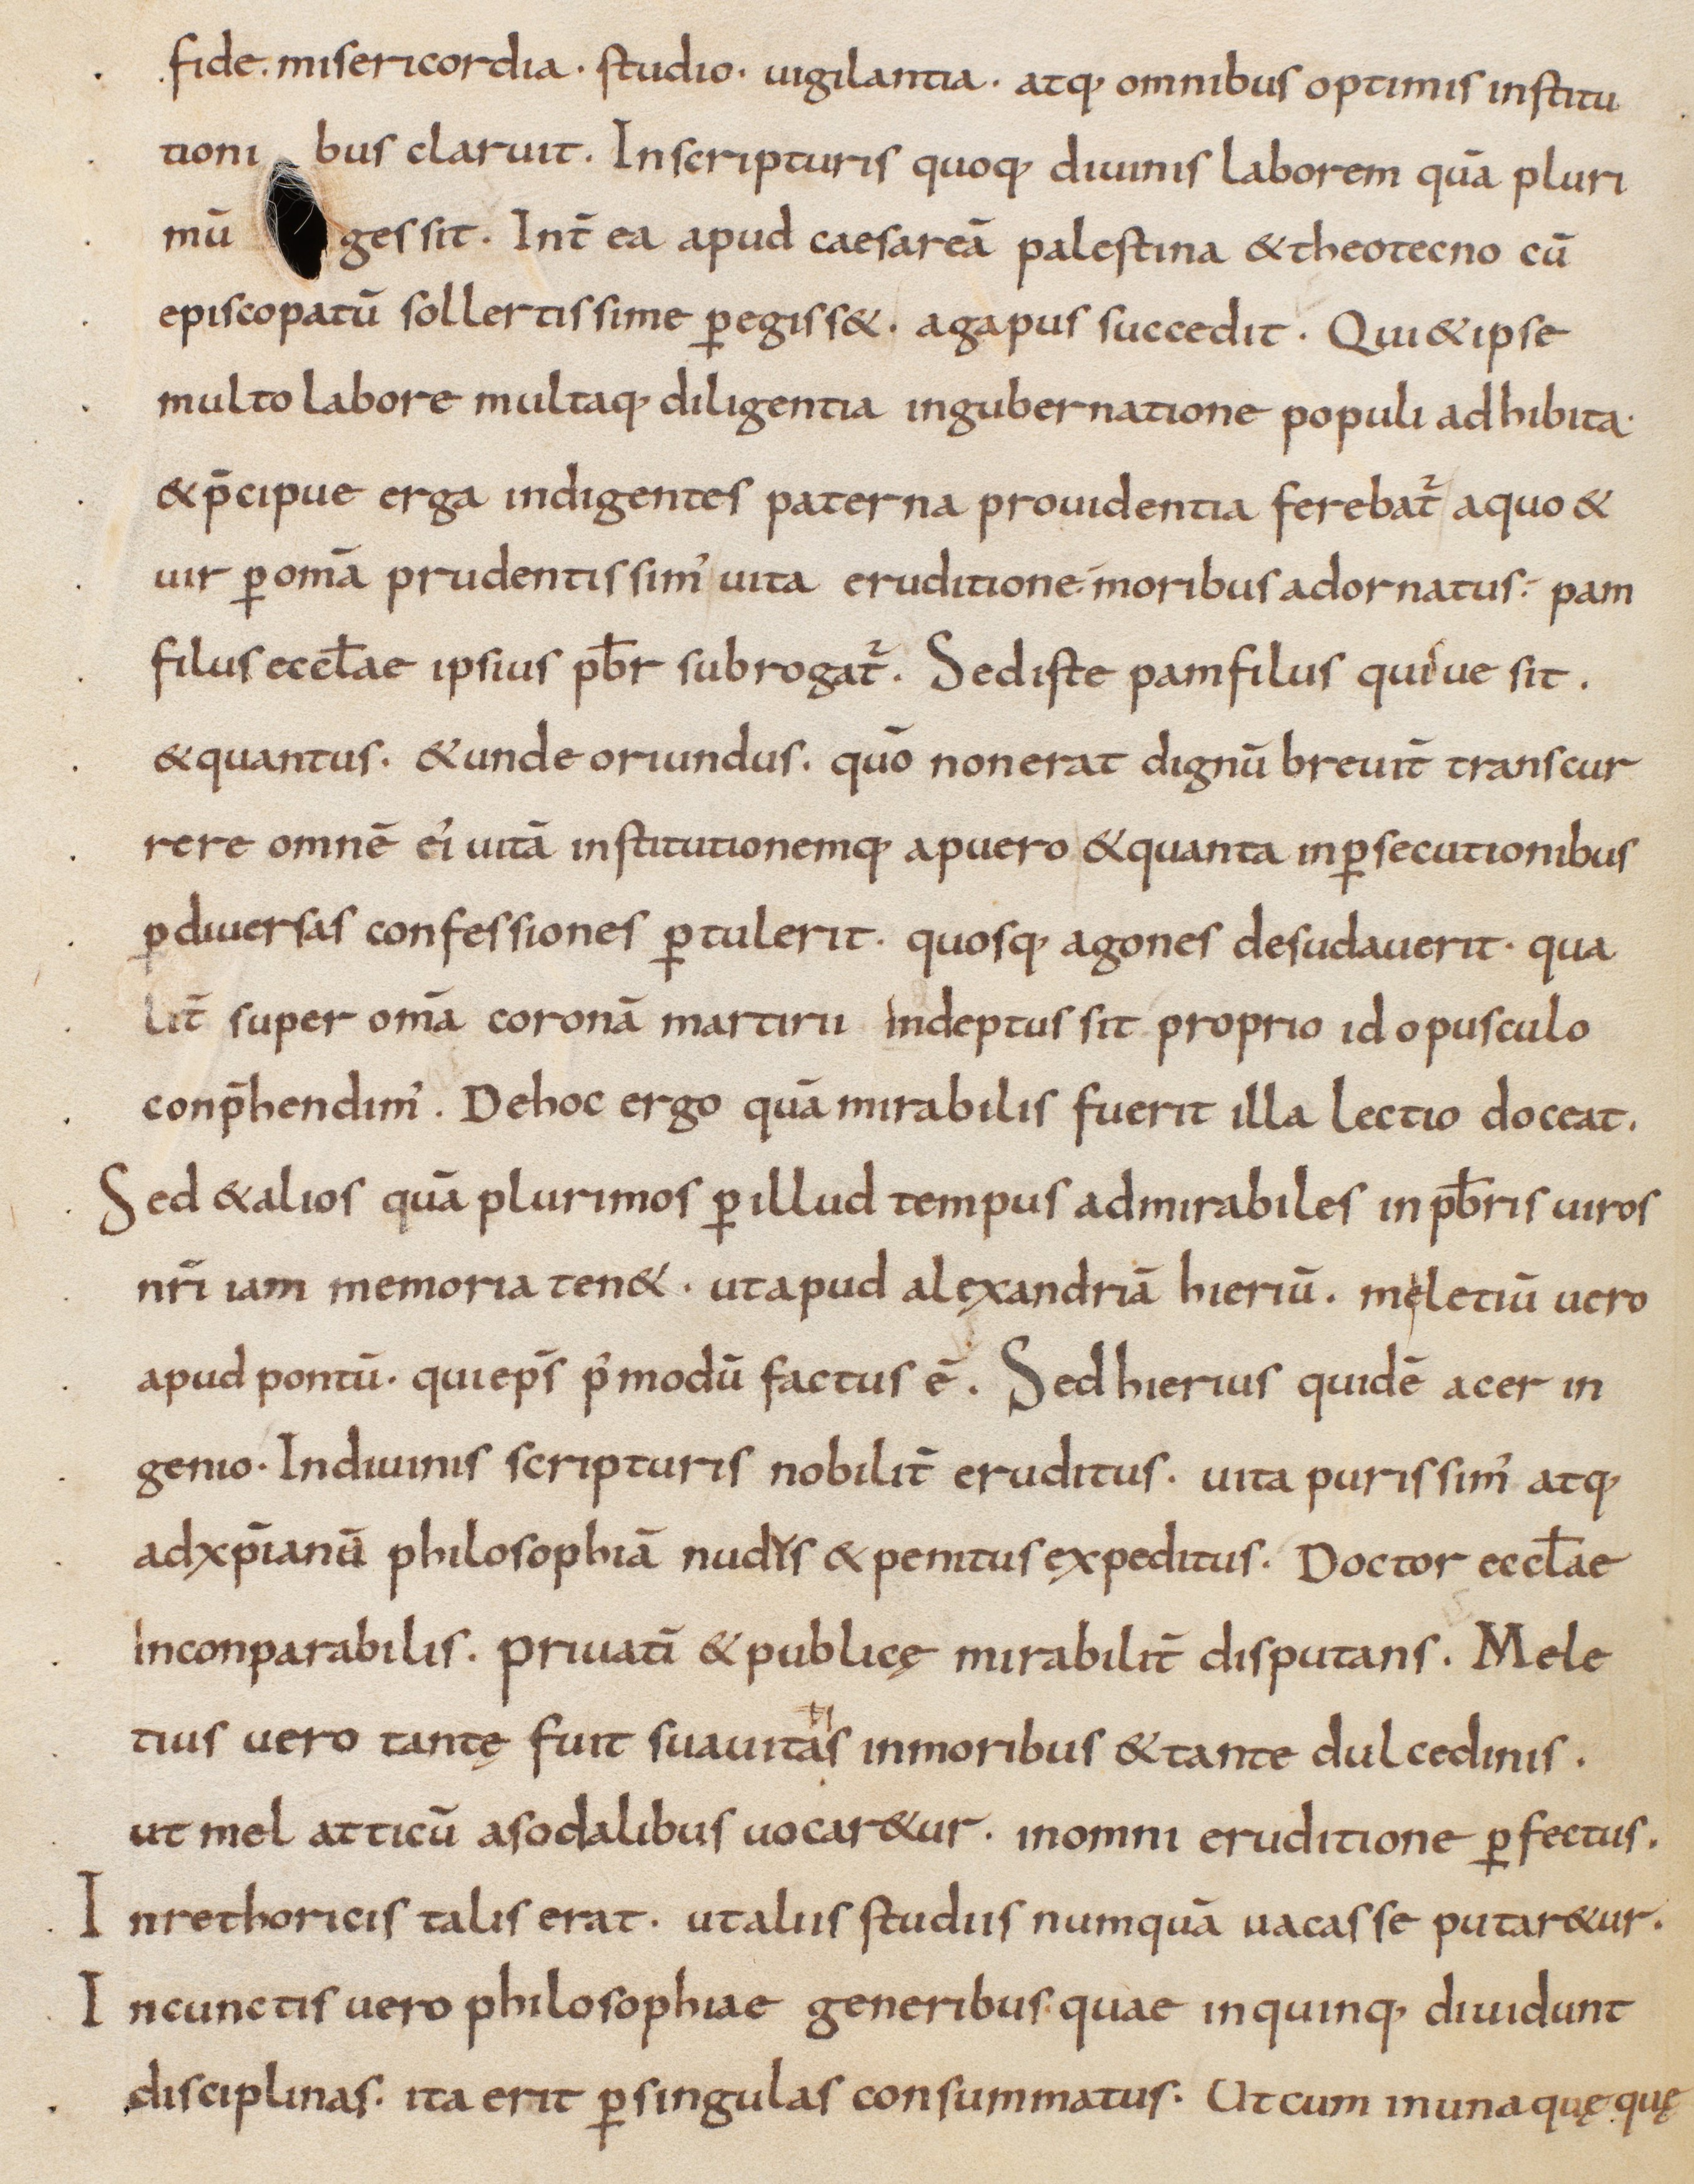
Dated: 833–865